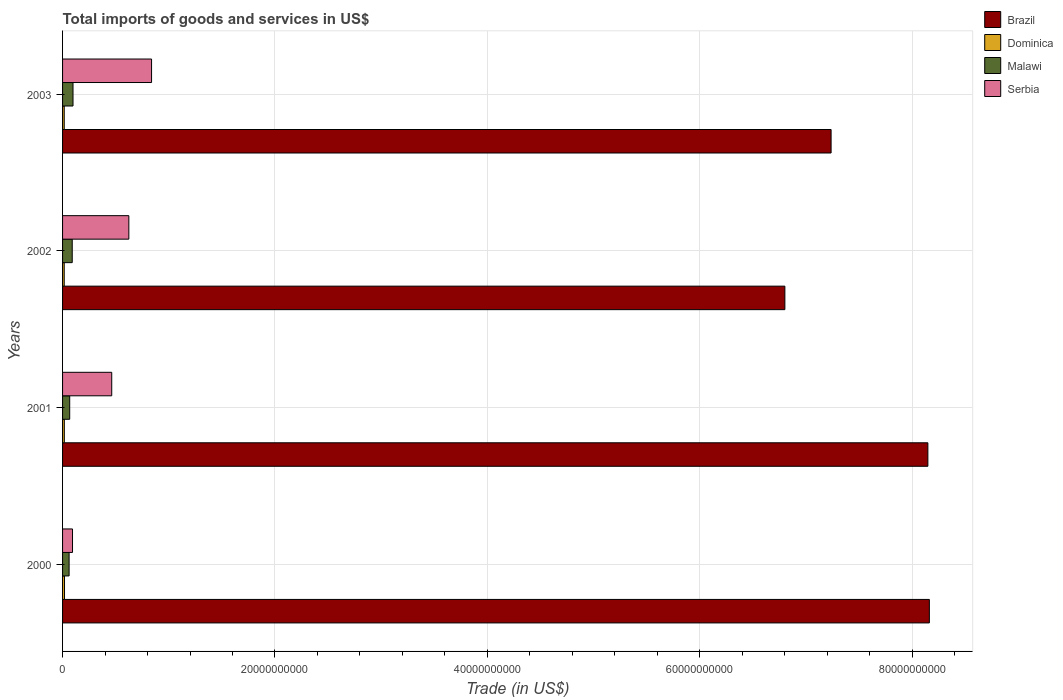
| Years | Brazil | Dominica | Malawi | Serbia |
 | --- | --- | --- | --- | --- |
 | 2000 | 8.16e+10 | 1.83e+08 | 6.16e+08 | 9.36e+08 |
 | 2001 | 8.15e+10 | 1.66e+08 | 6.72e+08 | 4.63e+09 |
 | 2002 | 6.8e+10 | 1.56e+08 | 9.1e+08 | 6.24e+09 |
 | 2003 | 7.24e+10 | 1.57e+08 | 9.84e+08 | 8.38e+09 |